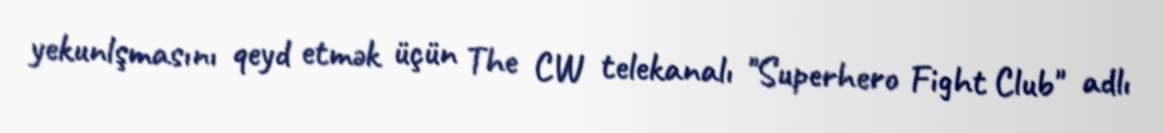
yekunlşmasını qeyd etmək üçün The CW telekanalı "Superhero Fight Club" adlı